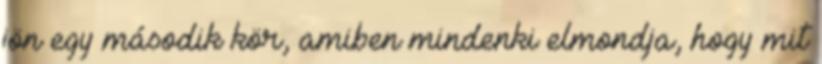
jön egy második kör, amiben mindenki elmondja, hogy mit